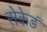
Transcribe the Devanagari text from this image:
सेकेडं